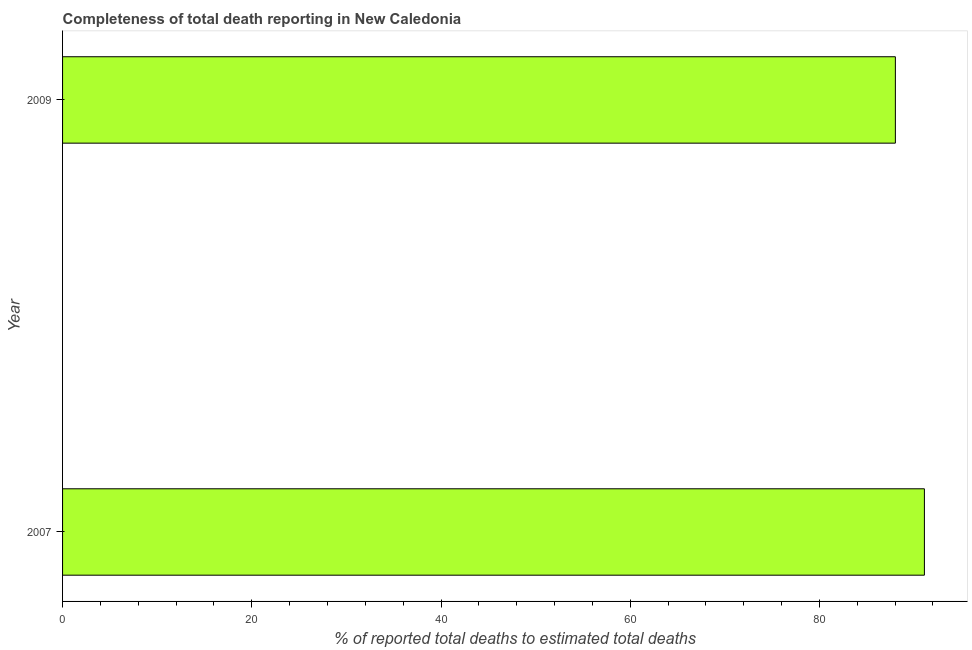
| Year | Completeness of total death reporting  |
 | --- | --- |
 | 2007 | 91.1 |
 | 2009 | 88 |